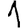
Digit: 1